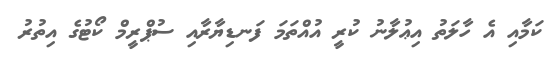
ކަމާއި އެ ހާލަތު އިޢުލާނު ކުރީ އުއްތަމަ ފަނޑިޔާރާއި ސުޕްރީމް ކޯޓުގެ އިތުރު